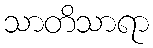
သာတိသာရာ